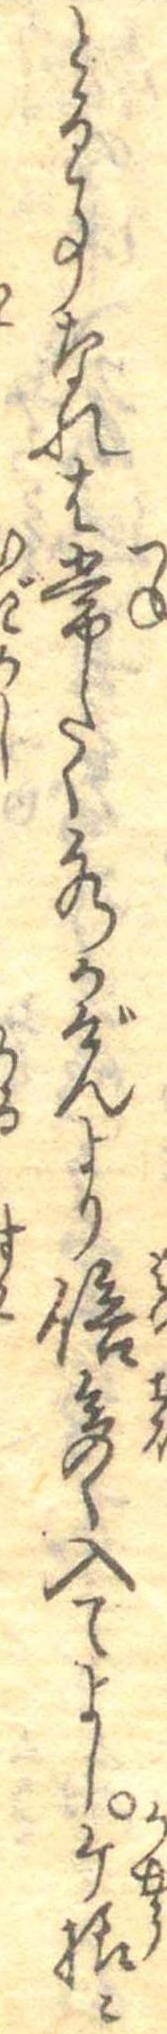
とる事なれは常たく水かげんより倍多く入てよしケ様に